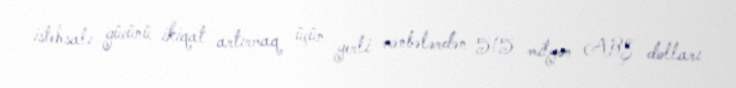
istehsalı gücünü ikiqat artırmaq üçün yerli mənbələrdən 515 milyon ABŞ dolları